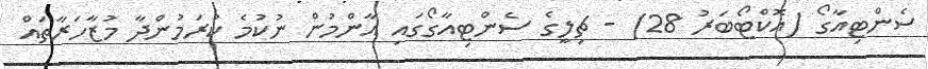
ސެންޓިއާގޯ (އޮކްޓޯބަރު 28) - ޗިލީގެ ސެންޓިއާގޯގައި އާންމުން ނުކުމެ ކުރަމުންދާ މުޒާހަރާތައް